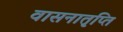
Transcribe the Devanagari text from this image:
वासनातृप्ति